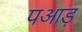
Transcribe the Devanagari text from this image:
पआड़